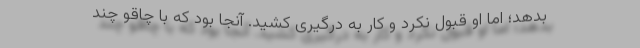
بدهد؛ اما او قبول نکرد و کار به درگیری کشید. آنجا بود که با چاقو چند